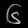
Digit: ၆